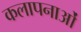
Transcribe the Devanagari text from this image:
कलापनाओं